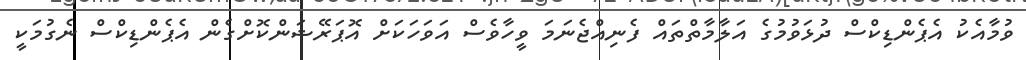
ވުމާއެކު އެޕެންޑިކްސް ދުޅަވުމުގެ އަލާމާތްތައް ފެނިއްޖެނަމަ ވީހާވެސް އަވަހަކަށް އޮޕަރޭޝަންކޮށްގެން އެޕެންޑިކްސް ނެގުމަކީ